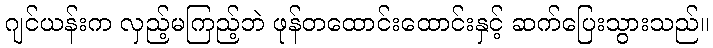
ဂျင်ယန်းက လှည့်မကြည့်ဘဲ ဖုန်တထောင်းထောင်းနှင့် ဆက်ပြေးသွားသည်။